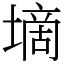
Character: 墑